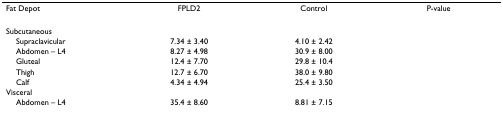
<table><thead><tr><td><b>Fat Depot</b></td><td><b>FPLD2</b></td><td><b>Control</b></td><td><b>P-value</b></td></tr></thead><tbody><tr><td>Subcutaneous</td><td>[EMPTY_CELL]</td><td>[EMPTY_CELL]</td><td>[EMPTY_CELL]</td></tr><tr><td> Supraclavicular</td><td>7.34 ± 3.40</td><td>4.10 ± 2.42</td><td>[EMPTY_CELL]</td></tr><tr><td> Abdomen – L4</td><td>8.27 ± 4.98</td><td>30.9 ± 8.00</td><td>[EMPTY_CELL]</td></tr><tr><td> Gluteal</td><td>12.4 ± 7.70</td><td>29.8 ± 10.4</td><td>[EMPTY_CELL]</td></tr><tr><td> Thigh</td><td>12.7 ± 6.70</td><td>38.0 ± 9.80</td><td>[EMPTY_CELL]</td></tr><tr><td> Calf</td><td>4.34 ± 4.94</td><td>25.4 ± 3.50</td><td>[EMPTY_CELL]</td></tr><tr><td>Visceral</td><td>[EMPTY_CELL]</td><td>[EMPTY_CELL]</td><td>[EMPTY_CELL]</td></tr><tr><td> Abdomen – L4</td><td>35.4 ± 8.60</td><td>8.81 ± 7.15</td><td>[EMPTY_CELL]</td></tr></tbody></table>